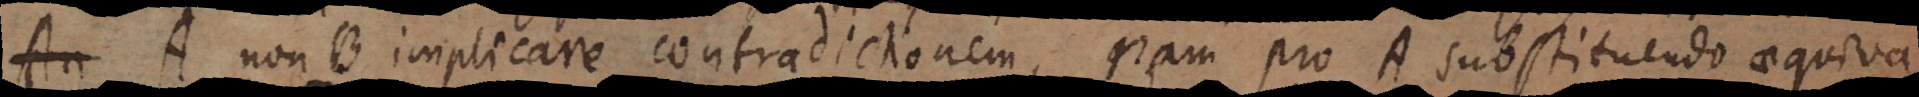
A non‐B implicare contradictionem, nam pro A substituendo aequival